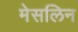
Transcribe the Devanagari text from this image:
मेसलिन